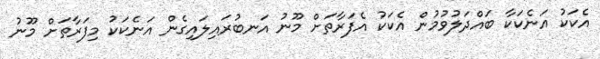
އެކަކު އަނެކަކާ ބައްދަލުވުމުން އެކަކު އެފަރާތަށް މޫނު އަނބުރައިލައިގެން އަނެކަކު މިފަރާތަށް މޫނު